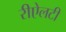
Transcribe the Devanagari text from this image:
रीऐलटी